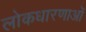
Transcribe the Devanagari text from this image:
लोकधारणाओं